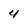
Character: 4